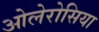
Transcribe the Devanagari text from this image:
ओलेरोसिया